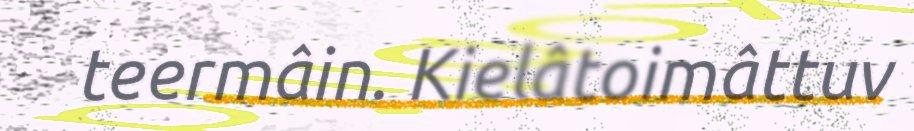
teermâin. Kielâtoimâttuv